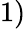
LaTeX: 1)